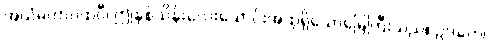
အယံမဟာပထဝီ၊ ဤနှစ်သိန်းလေးသောင်းအထုရှိသောမြေကြီးသည်။ ဥဒကေ၊